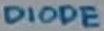
Text: DIOE